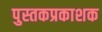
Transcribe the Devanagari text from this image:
पुस्तकप्रकाशक